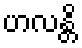
ဟလန္တိ